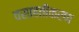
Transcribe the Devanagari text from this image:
वसाहतीकरण